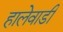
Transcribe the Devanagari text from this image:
हालेवाडी